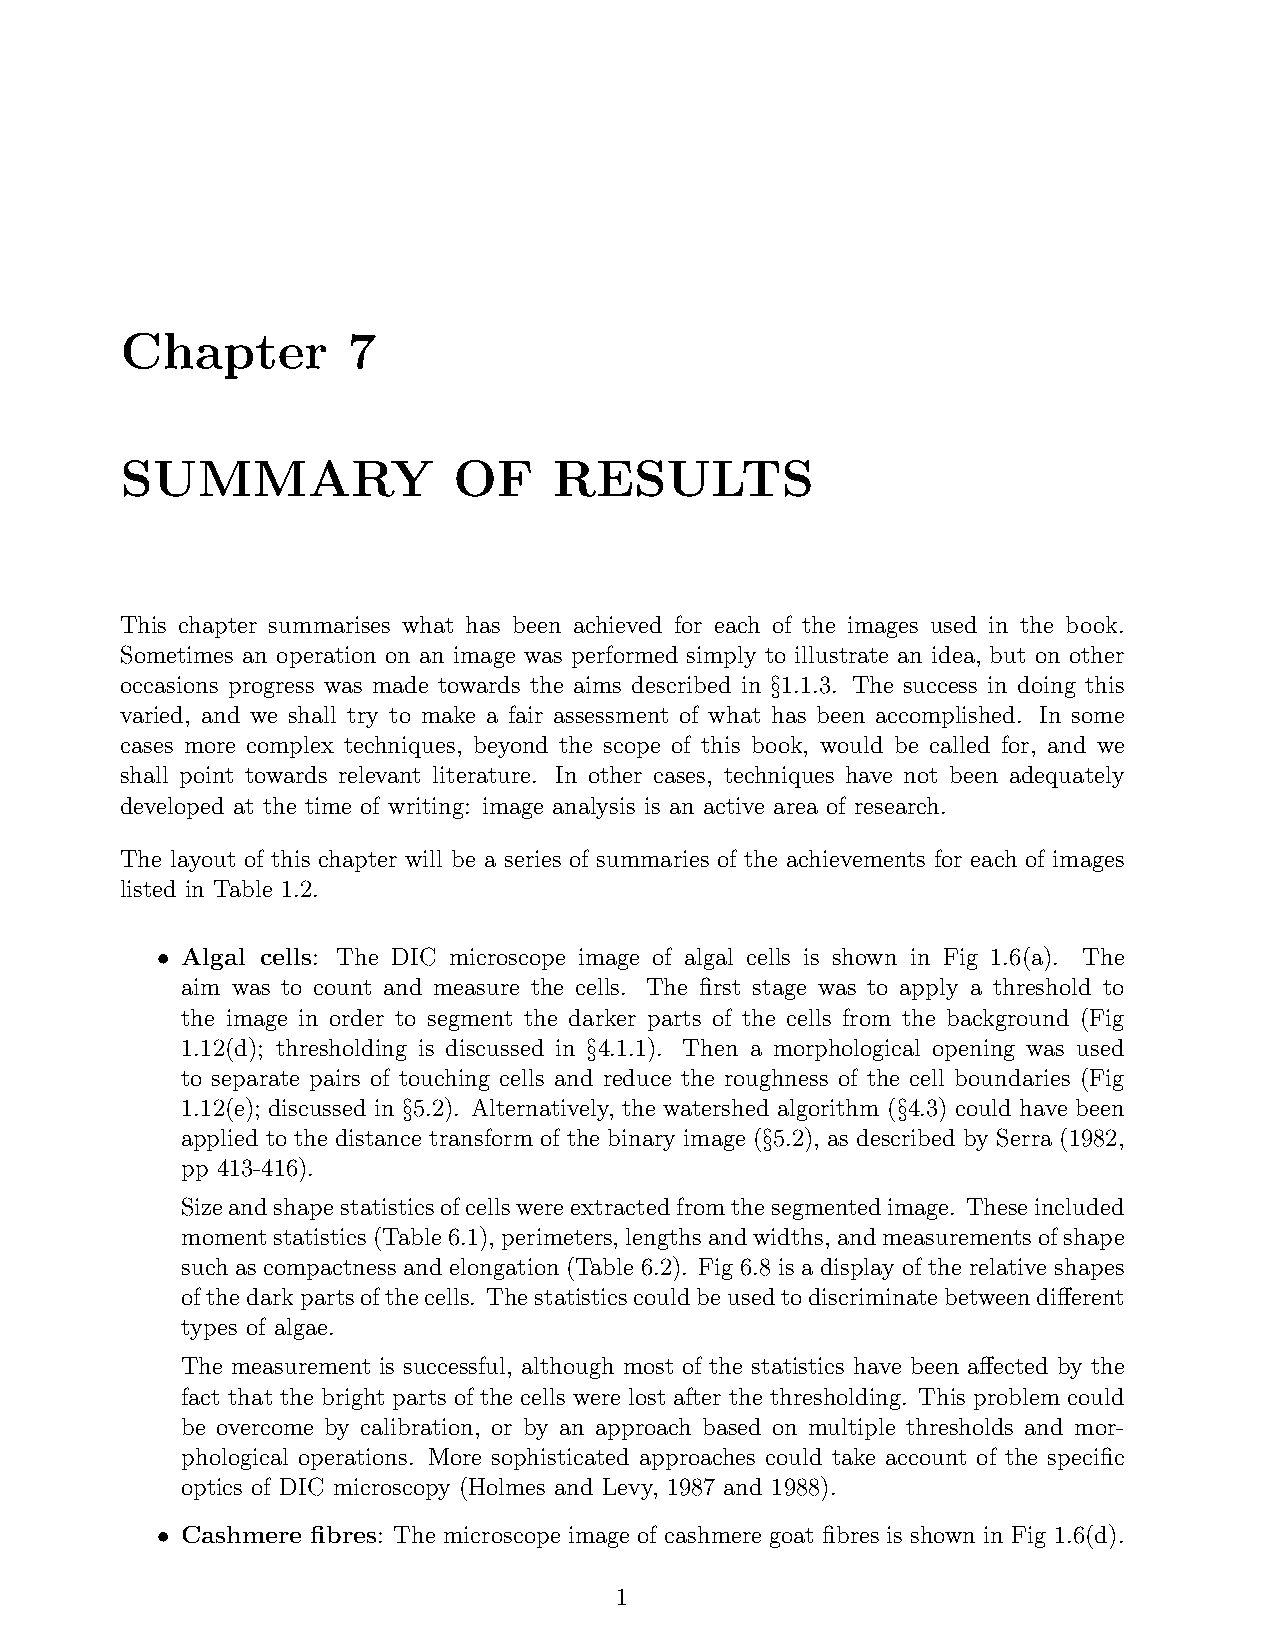
Chapter        7
 SUMMARY               OF     RESULTS
 This chapter summarises what has been achieved for each of the images used in the book.
 Sometimes an operation on an image was performed simply to illustrate an idea, but on other
 occasions progress was made towards the aims described in x1.1.3. The success in doing this
 varied, and we shall try to make a fair assessment of what has been accomplished. In some
 cases more complex techniques, beyond the scope of this book, would be called for, and we
 shall point towards relevant literature. In other cases, techniques have not been adequately
 developed at the time of writing: image analysis is an active area of research.
 The layout of this chapter will be a series of summaries of the achievements for each of images
 listed in Table 1.2.
 † Algal cells: The DIC microscope image of algal cells is shown in Fig 1.6(a). The
 aim was to count and measure the cells. The flrst stage was to apply a threshold to
 the image in order to segment the darker parts of the cells from the background (Fig
 1.12(d); thresholding is discussed in x4.1.1). Then a morphological opening was used
 to separate pairs of touching cells and reduce the roughness of the cell boundaries (Fig
 1.12(e); discussed in x5.2). Alternatively, the watershed algorithm (x4.3) could have been
 applied to the distance transform of the binary image (x5.2), as described by Serra (1982,
 pp 413-416).
 Sizeandshapestatisticsofcellswereextractedfromthesegmentedimage. Theseincluded
 momentstatistics(Table6.1), perimeters, lengthsandwidths, andmeasurementsofshape
 such as compactness and elongation (Table 6.2). Fig 6.8 is a display of the relative shapes
 ofthedarkpartsofthecells. Thestatisticscouldbeusedtodiscriminatebetweendifierent
 types of algae.
 The measurement is successful, although most of the statistics have been afiected by the
 fact that the bright parts of the cells were lost after the thresholding. This problem could
 be overcome by calibration, or by an approach based on multiple thresholds and mor-
 phological operations. More sophisticated approaches could take account of the speciflc
 optics of DIC microscopy (Holmes and Levy, 1987 and 1988).
 † Cashmere flbres: The microscope image of cashmere goat flbres is shown in Fig 1.6(d).
 1